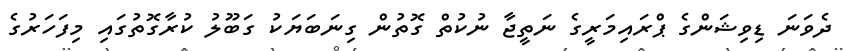
ދެވަނަ ޑިވިޝަންގެ ޕްރައިމަރީގެ ނަތީޖާ ނުކުތް ގޮތުން ގިނަބަޔަކު ގަބޫލު ކުރާގޮތުގައި މިފަހަރުގެ